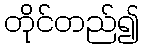
တိုင်တည်၍